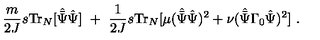
\frac { m } { 2 J } s \mathrm { T r } _ { N } [ { \hat { \bar { \Psi } } } { \hat { \Psi } } ] \ + \ \frac { 1 } { 2 J } s \mathrm { T r } _ { N } [ \mu ( { \hat { \bar { \Psi } } } { \hat { \Psi } } ) ^ { 2 } + \nu ( { \hat { \bar { \Psi } } } \Gamma _ { 0 } { \hat { \Psi } } ) ^ { 2 } ] \ .